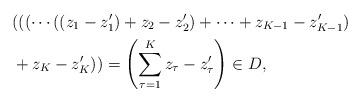
LaTeX: \begin{align*}& (((\cdots (( z_1 - z'_1) + z_2 - z'_2 )+ \dots + z_{K-1} - z'_{K-1}) \\& + z_K - z_K') ) = \left( \sum_{\tau=1}^K z_\tau - z'_\tau \right) \in D,\end{align*}